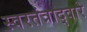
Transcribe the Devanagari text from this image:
स्वरतंत्राद्वारे